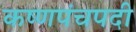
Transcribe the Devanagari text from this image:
कष्णपंचपदी